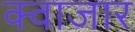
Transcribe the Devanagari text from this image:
क्वाजार